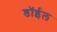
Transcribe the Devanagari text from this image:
डॉईल